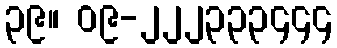
၃၉။ ၀၉-၂၂၂၃၃၃၄၄၄